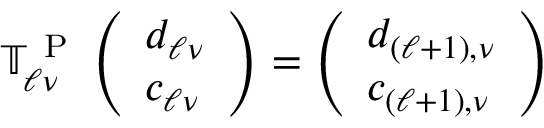
\mathbb { T } _ { \ell \nu } ^ { \mathrm { ~ P ~ } } \left( \begin{array} { l } { d _ { \ell \nu } } \\ { c _ { \ell \nu } } \end{array} \right) = \left( \begin{array} { l } { d _ { ( \ell + 1 ) , \nu } } \\ { c _ { ( \ell + 1 ) , \nu } } \end{array} \right)